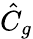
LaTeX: \hat{C}_{g}